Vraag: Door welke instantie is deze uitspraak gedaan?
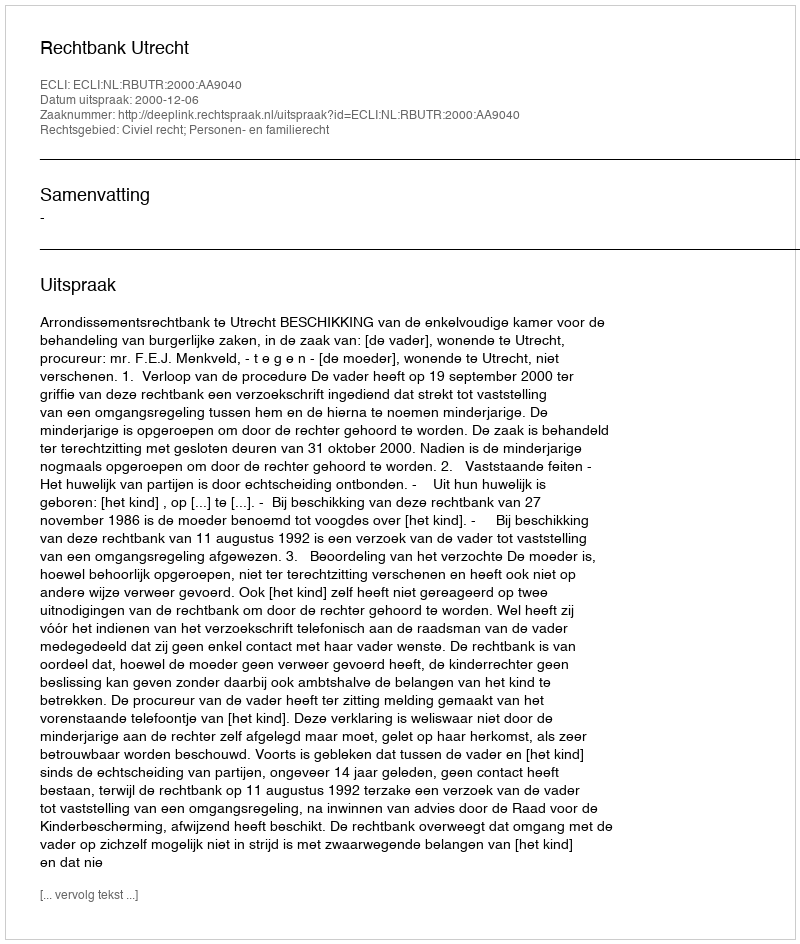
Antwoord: Rechtbank Utrecht